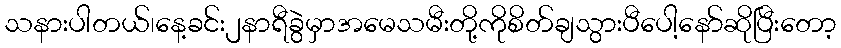
သနားပါတယ်၊နေ့ခင်း၂နာရီခွဲမှာအမေသမီးတို့ကိုစိတ်ချသွားပီပေါ့နော်ဆိုပြီးတော့